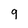
Character: 9